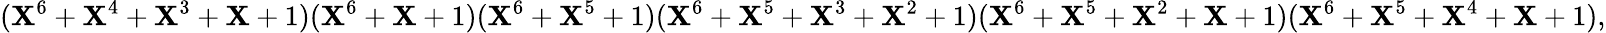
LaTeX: (\mathbf{X}^{6}+\mathbf{X}^{4}+\mathbf{X}^{3}+\mathbf{X}+1)(\mathbf{X}^{6}+\mathbf{X}+1)(\mathbf{X}^{6}+\mathbf{X}^{5}+1)(\mathbf{X}^{6}+\mathbf{X}^{5}+\mathbf{X}^{3}+\mathbf{X}^{2}+1)(\mathbf{X}^{6}+\mathbf{X}^{5}+\mathbf{X}^{2}+\mathbf{X}+1)(\mathbf{X}^{6}+\mathbf{X}^{5}+\mathbf{X}^{4}+\mathbf{X}+1),